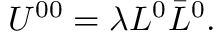
U ^ { 0 0 } = \lambda L ^ { 0 } \bar { L } ^ { 0 } .